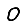
Digit: 0